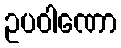
ဥပဝါဏော